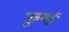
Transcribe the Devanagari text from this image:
पुन्नगई